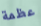
عظمة